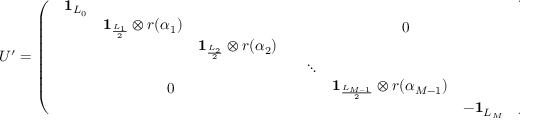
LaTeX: U ^ { \prime } = \left( \begin{array} { c c } { { \begin{array} { c c c } { { { \bf 1 } _ { L _ { 0 } } } } & { { } } & { { } } \\ { { } } & { { { \bf 1 } _ { \scriptstyle \frac { L _ { 1 } } { 2 } } \otimes r ( \alpha _ { 1 } ) } } & { { } } \\ { { } } & { { } } & { { { \bf 1 } _ { \scriptstyle \frac { L _ { 2 } } { 2 } } \otimes r ( \alpha _ { 2 } ) } } \end{array} } } & { { 0 } } \\ { { 0 } } & { { \begin{array} { c c c } { { \ddots } } & { { } } & { { } } \\ { { } } & { { { \bf 1 } _ { \scriptstyle \frac { L _ { M - 1 } } { 2 } } \otimes r ( \alpha _ { M - 1 } ) } } & { { } } \\ { { } } & { { } } & { { - { \bf 1 } _ { L _ { M } } } } \end{array} } } \end{array} \right) ,